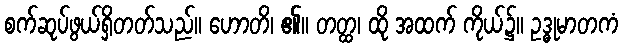
စက်ဆုပ်ဖွယ်ရှိတတ်သည်။ ဟောတိ၊ ၏။ တတ္ထ၊ ထို အထက် ကိုယ်၌။ ဥဒ္ဓုမာတကံ